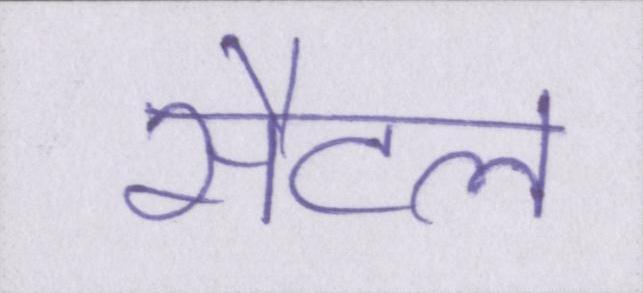
सैटल